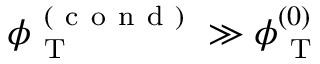
\phi _ { \mathrm { ~ T ~ } } ^ { \mathrm { ~ ( ~ c ~ o ~ n ~ d ~ ) ~ } } \gg \phi _ { \mathrm { ~ T ~ } } ^ { ( 0 ) }